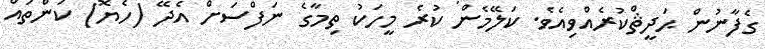
ގެފާނުން ޙަދީޘްކުރެއްވިއެވެ. ކަލޭމެން ކުރެ މީހަކު ތިމާގެ ނަފްސަށް އެދޭ (ހެޔޮ) ކަންތައް